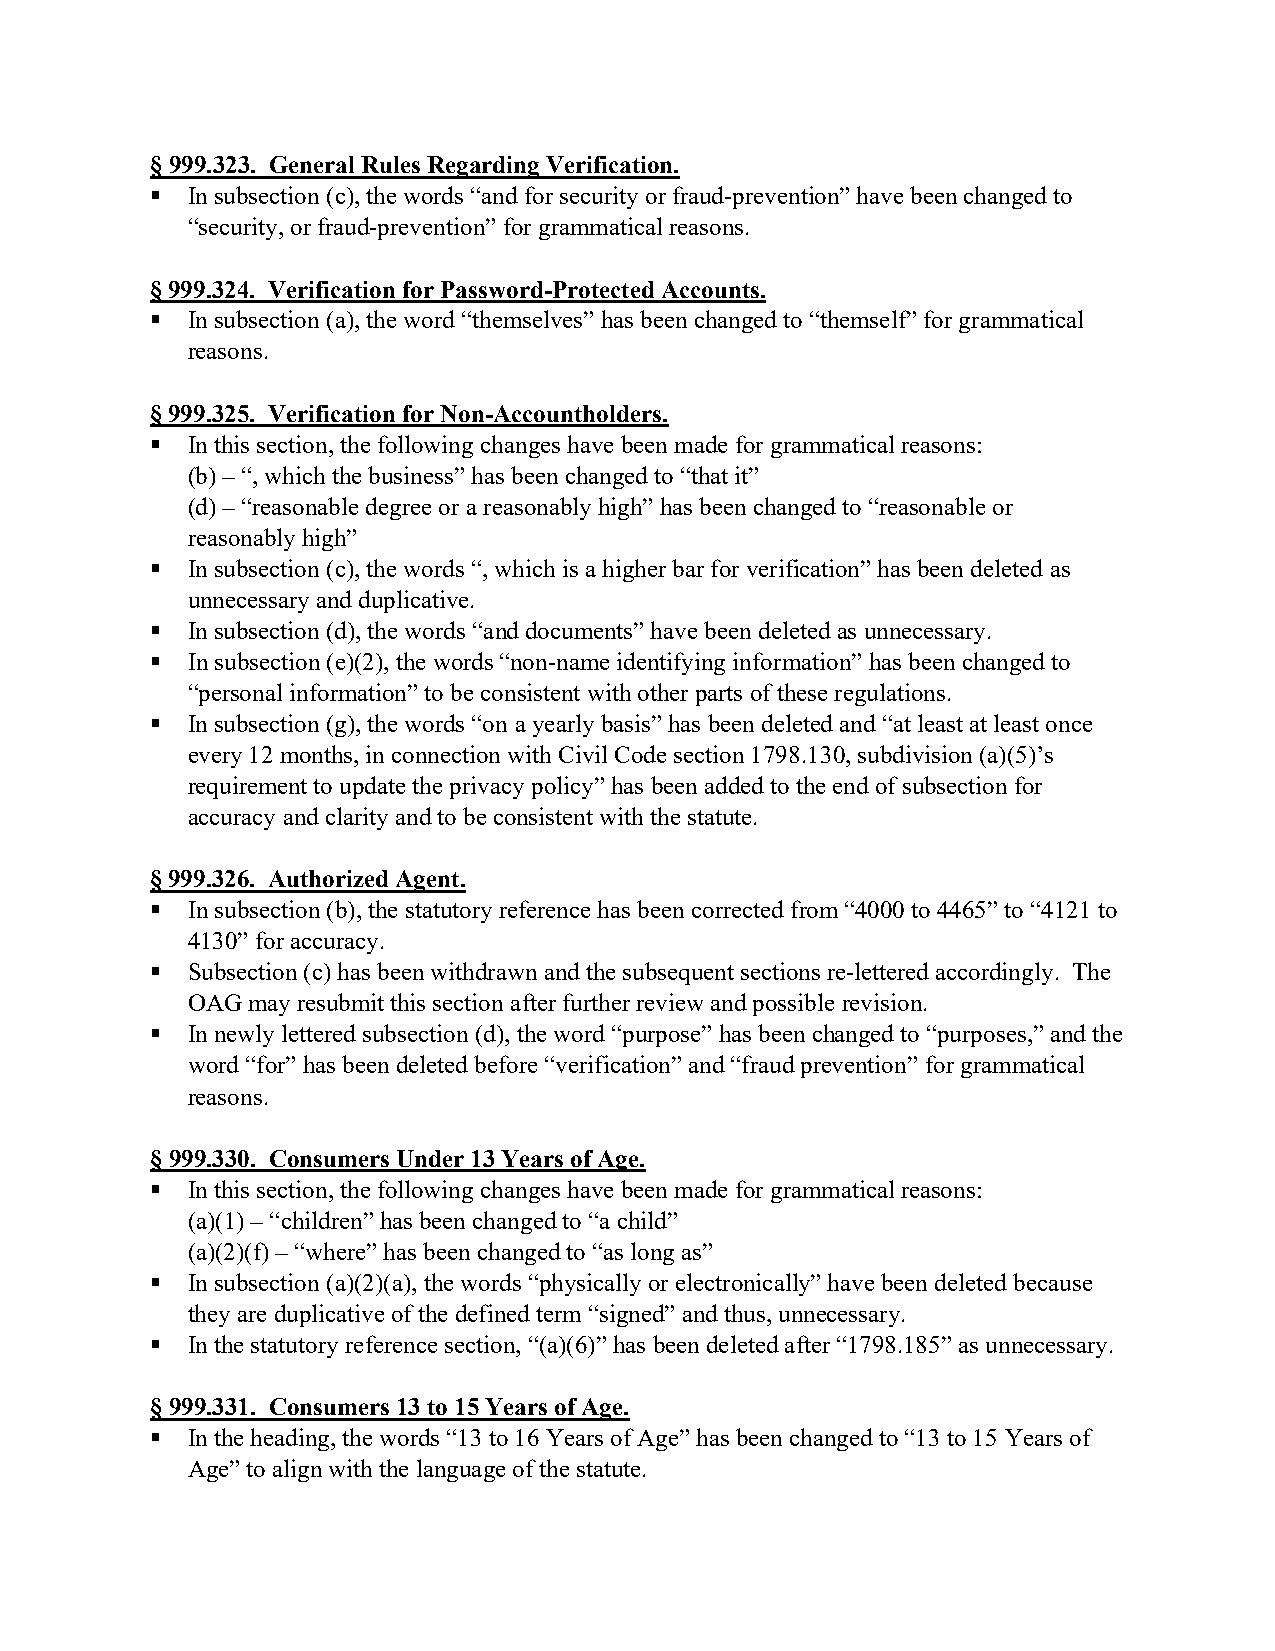
§ 999.323. General Rules Regarding Verification.
  In subsection (c), the words “and for security or fraud-prevention” have been changed to
 “security, or fraud-prevention” for grammatical reasons.
 § 999.324. Verification for Password-Protected Accounts.
  In subsection (a), the word “themselves” has been changed to “themself” for grammatical
 reasons.
 § 999.325. Verification for Non-Accountholders.
  In this section, the following changes have been made for grammatical reasons:
 (b) – “, which the business” has been changed to “that it”
 (d) – “reasonable degree or a reasonably high” has been changed to “reasonable or
 reasonably high”
  In subsection (c), the words “, which is a higher bar for verification” has been deleted as
 unnecessary and duplicative.
  In subsection (d), the words “and documents” have been deleted as unnecessary.
  In subsection (e)(2), the words “non-name identifying information” has been changed to
 “personal information” to be consistent with other parts of these regulations.
  In subsection (g), the words “on a yearly basis” has been deleted and “at least at least once
 every 12 months, in connection with Civil Code section 1798.130, subdivision (a)(5)’s
 requirement to update the privacy policy” has been added to the end of subsection for
 accuracy and clarity and to be consistent with the statute.
 § 999.326. Authorized Agent.
  In subsection (b), the statutory reference has been corrected from “4000 to 4465” to “4121 to
 4130” for accuracy.
  Subsection (c) has been withdrawn and the subsequent sections re-lettered accordingly. The
 OAG may resubmit this section after further review and possible revision.
  In newly lettered subsection (d), the word “purpose” has been changed to “purposes,” and the
 word “for” has been deleted before “verification” and “fraud prevention” for grammatical
 reasons.
 § 999.330. Consumers Under 13 Years of Age.
  In this section, the following changes have been made for grammatical reasons:
 (a)(1) – “children” has been changed to “a child”
 (a)(2)(f) – “where” has been changed to “as long as”
  In subsection (a)(2)(a), the words “physically or electronically” have been deleted because
 they are duplicative of the defined term “signed” and thus, unnecessary.
  In the statutory reference section, “(a)(6)” has been deleted after “1798.185” as unnecessary.
 § 999.331. Consumers 13 to 15 Years of Age.
  In the heading, the words “13 to 16 Years of Age” has been changed to “13 to 15 Years of
 Age” to align with the language of the statute.